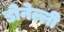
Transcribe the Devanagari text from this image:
डोनेल्ली